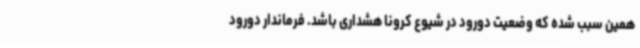
همین سبب شده که وضعیت دورود در شیوع کرونا هشداری باشد. فرماندار دورود